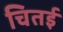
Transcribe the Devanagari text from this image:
चितई